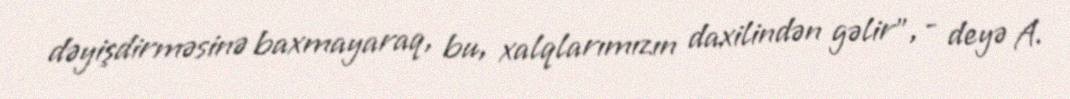
dəyişdirməsinə baxmayaraq, bu, xalqlarımızın daxilindən gəlir”, - deyə A.